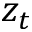
z _ { t }